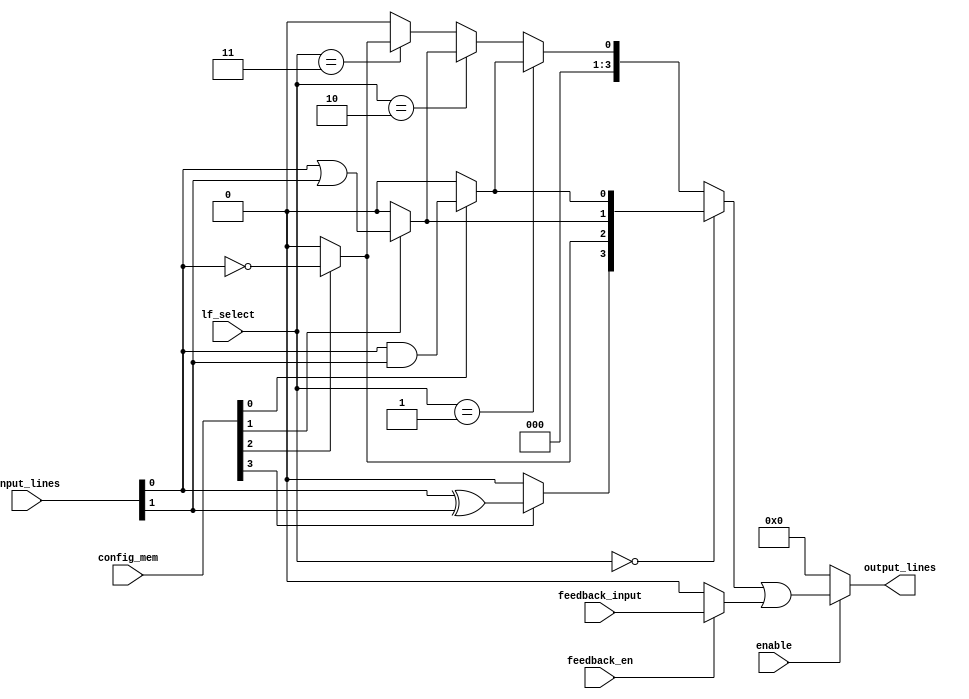
module CLB (
    input wire [3:0] input_lines,          // 4 input lines
    input wire [1:0] lf_select,             // Logic Function selector for 2 LFUs
    input wire [3:0] config_mem,            // Configuration memory for LFUs
    input wire enable,                       // Enable signal
    input wire feedback_en,                 // Feedback enable signal
    input wire feedback_input,               // Feedback input signal
    output wire [3:0] output_lines          // 4 output lines
);
    
    // Internal wires for LFU outputs
    wire [3:0] lf_output;
    wire [3:0] final_output;
    
    // Combinational Logic Function Units (LFUs)
    // LFU 0
    assign lf_output[0] = (config_mem[0]) ? (input_lines[0] & input_lines[1]) : 0; // AND
    assign lf_output[1] = (config_mem[1]) ? (input_lines[0] | input_lines[1]) : 0; // OR
    assign lf_output[2] = (config_mem[2]) ? ~input_lines[0] : 0;                  // NOT
    assign lf_output[3] = (config_mem[3]) ? (input_lines[0] ^ input_lines[1]) : 0; // XOR
    
    // Logic function selection
    wire [3:0] selected_lfu;
    assign selected_lfu = (lf_select == 2'b00) ? lf_output :
                          (lf_select == 2'b01) ? {3'b000, lf_output[0]} :  // Forward only AND
                          (lf_select == 2'b10) ? {3'b000, lf_output[1]} :  // Forward only OR
                          (lf_select == 2'b11) ? {3'b000, lf_output[2]} :  // Forward only NOT
                          4'b0000;  // Default case
    
    // Feedback Path
    wire feedback_data;
    assign feedback_data = feedback_en ? feedback_input : 0;
    
    // Final output configuration
    assign final_output = enable ? (selected_lfu | feedback_data) : 4'b0000;  // output based on enable signal
    
    // Output lines
    assign output_lines = final_output; // Assign the final output to the output lines

endmodule